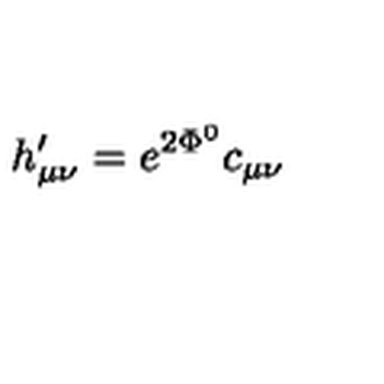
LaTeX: h _ { \mu \nu } ^ { \prime } = e ^ { 2 \Phi ^ { 0 } } c _ { \mu \nu }